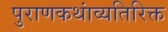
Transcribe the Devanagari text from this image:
पुराणकथांव्यतिरिक्त